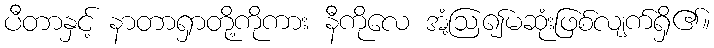
ပီတာနှင့် နာတာရှာတို့ကိုကား နီကိုလေ အံ့ဩ၍မဆုံးဖြစ်လျက်ရှိ၏။